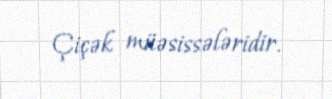
Çiçək müəsissələridir.